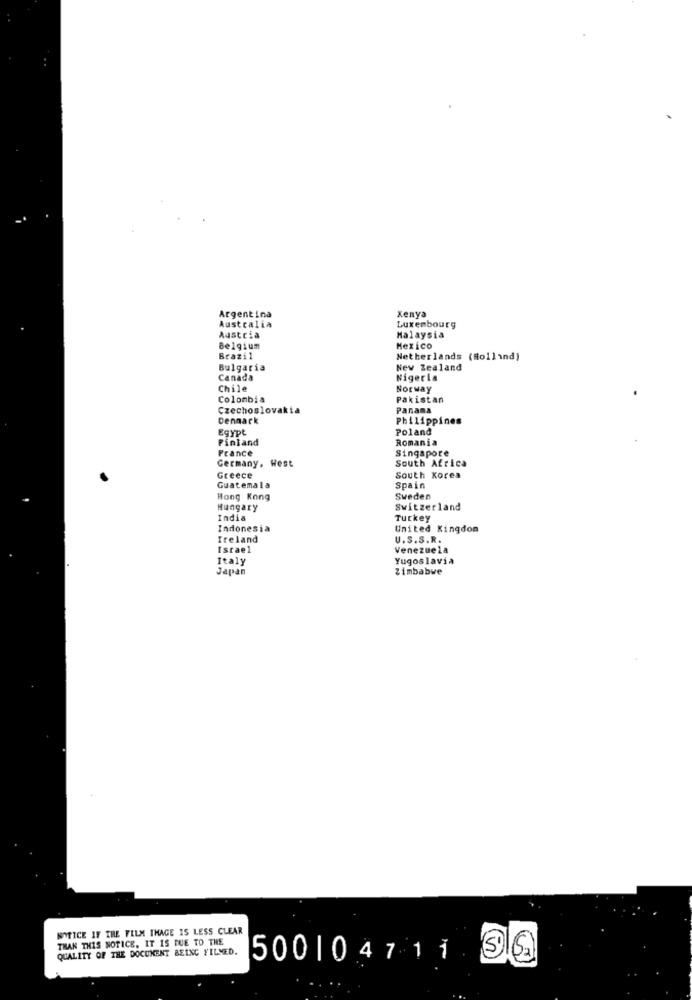
Kenya
Argentina
Australia
Luxembourg
Austria
Malaysia
Belgium
Mexico
Brazil
Netherlands (Rollind)
Bulgaria
New Zealand
Canada
Nigeria
Chile
Norway
Colombia
Pakistan
Czechoslovakia
Panama
Dennark
Philippines
Egypt
Poland
Finland
Romania
Prance
Singapore
Germany. West
South Africa
Greece
South Korea
Guatemala
Spain
Hong Kong
Sweden
Hungary
Switzerland
India
Turkey
Indonesia
United Kingdom
Ireland
U.S.S.R.
Israel
Venezuela
Italy
Yugoslavia
Japan
Zimbabwe
NOTICE IF THE FILM IMAGE IS LESS CLEAR
THAN THIS NOTICE, IT IS DUE TO THE
QUALITY OF THE DOCUMENT BEING FILMED.
500104711